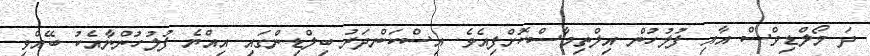
ދަ މޯލްޑިވްސް އާއި ފުލުހުން އިލްތިމާސްކޮށްފިއެވެ. އިސްކަންދަރު ބިލްޑިންގައި އިއްޔެ ފުލުހުންނާއެކު ބޭއްވި